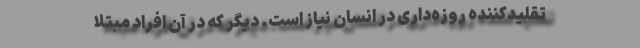
تقلیدکننده روزه‌داری در انسان نیاز است. دیگر که در آن افراد مبتلا